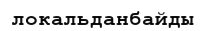
локальданбайды